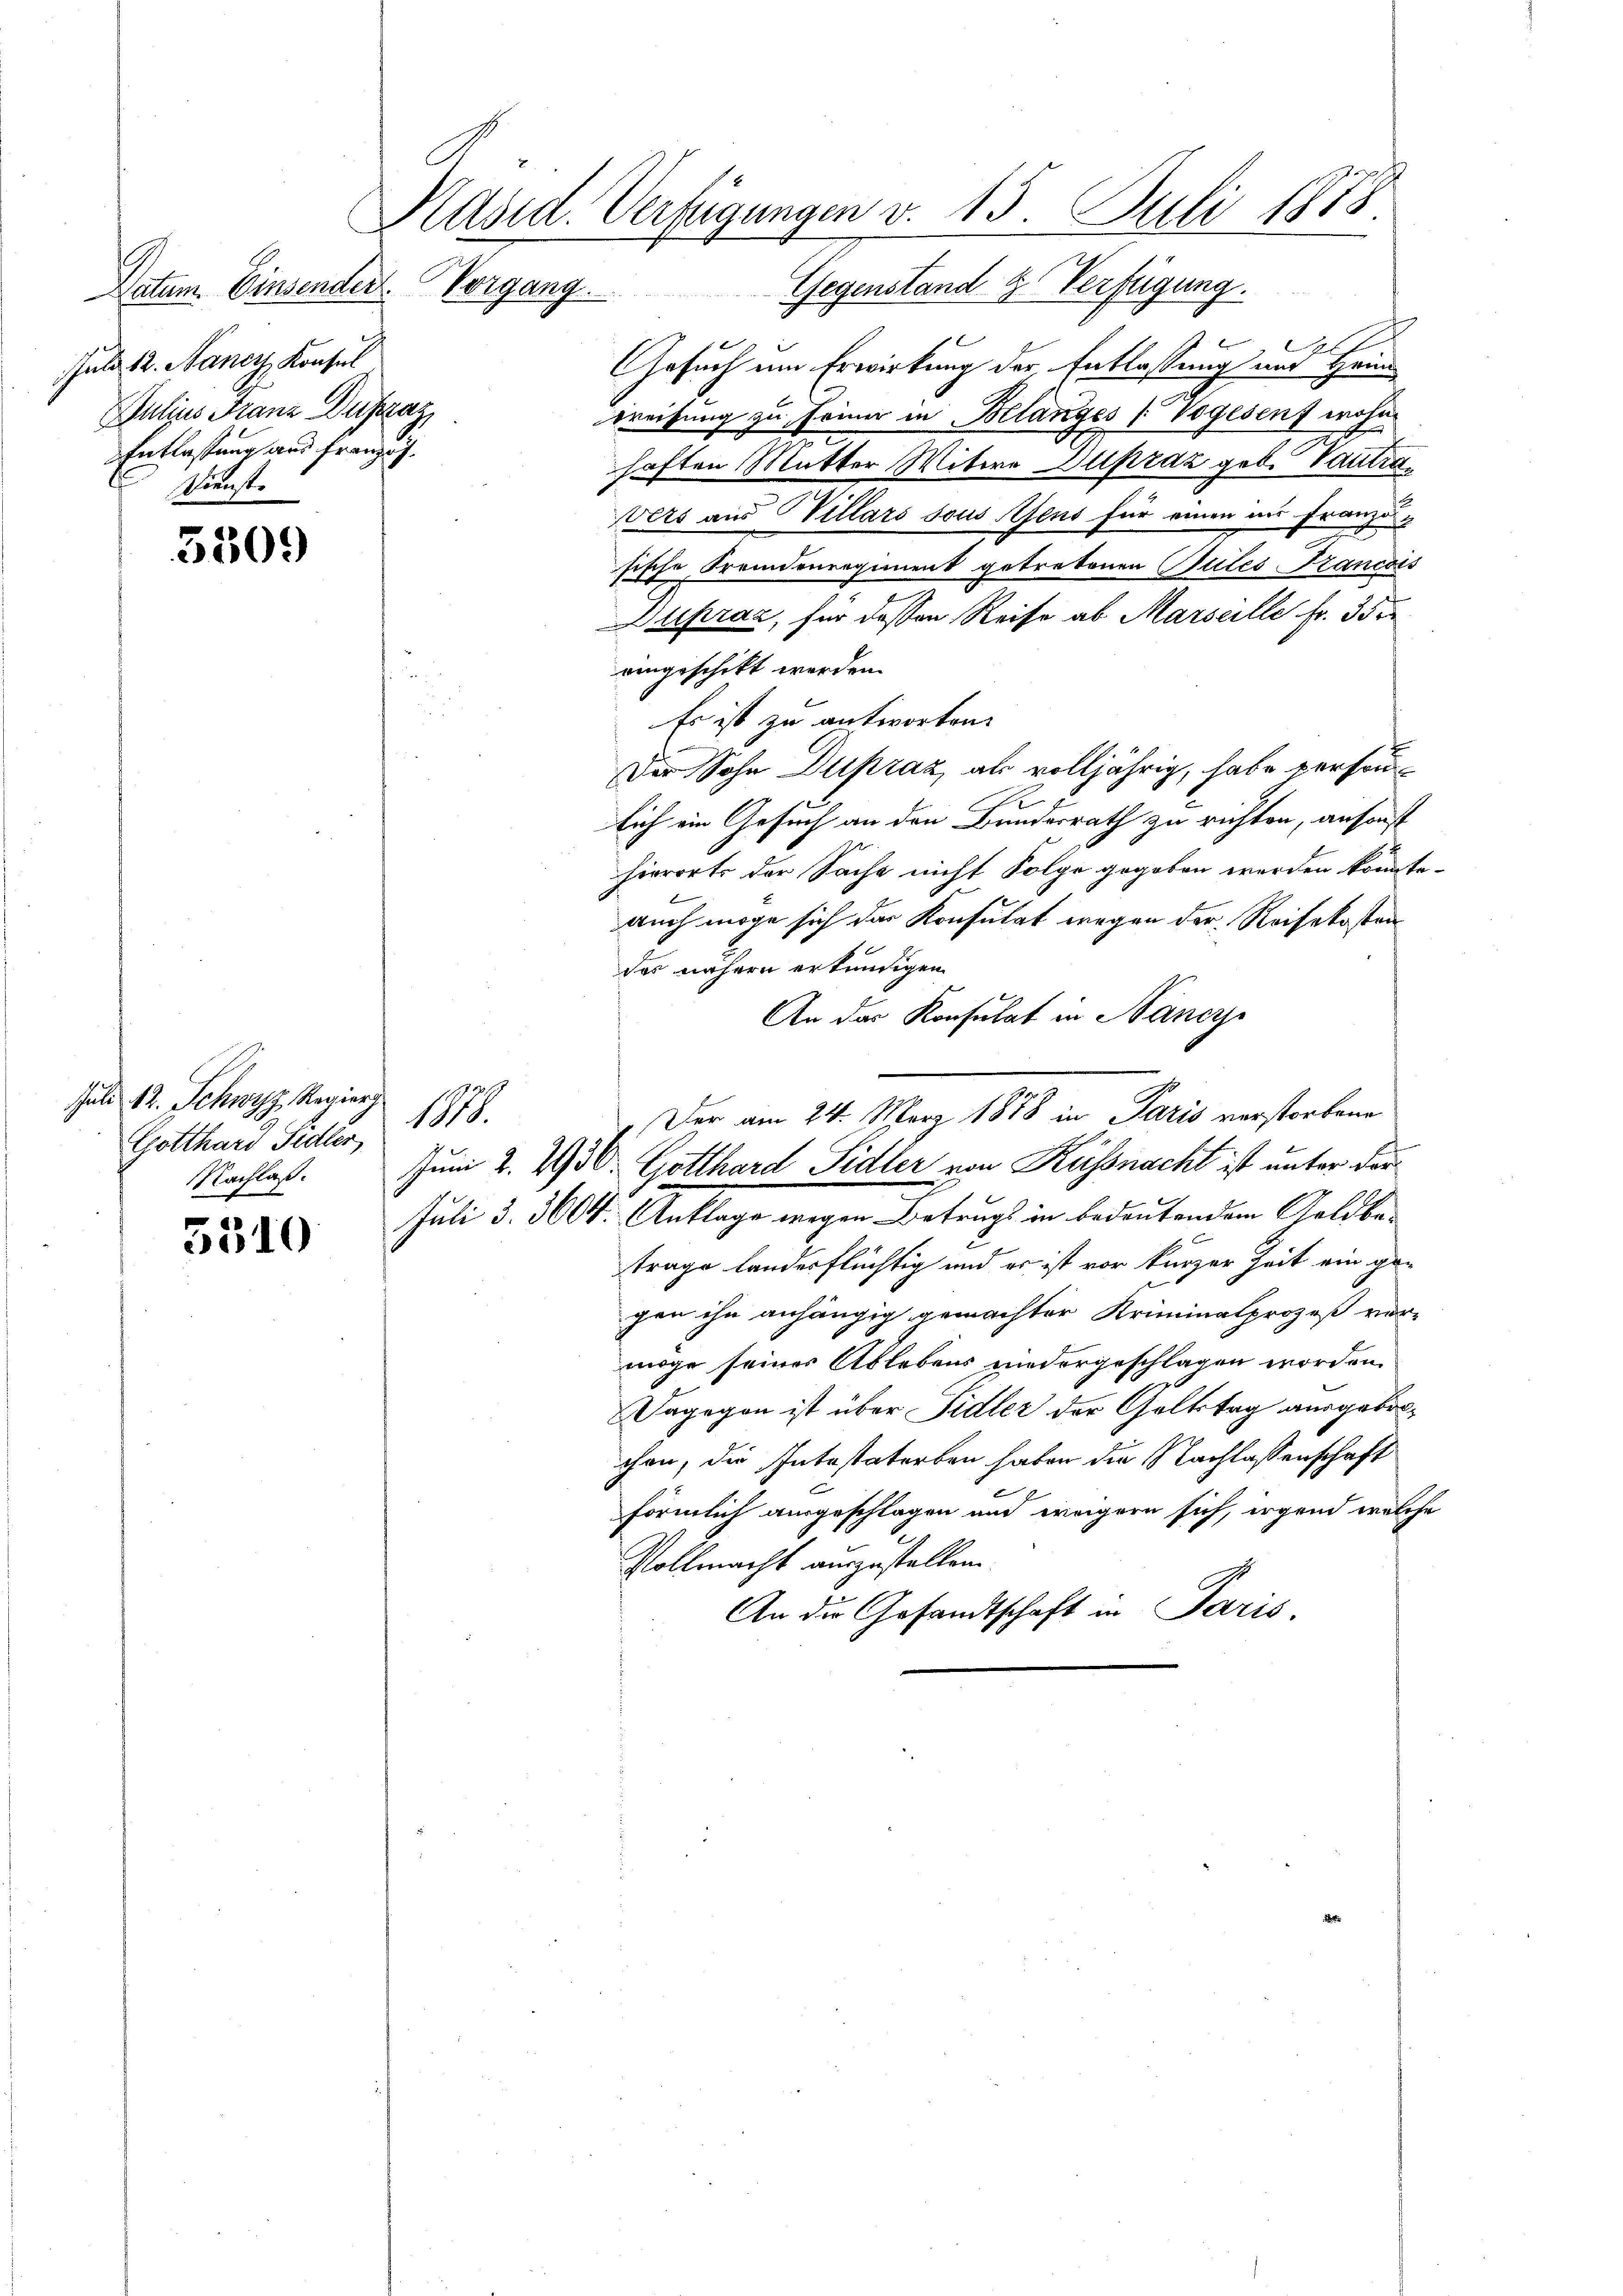
Datum. Einsender
Geld 12. Nancy, Konsul
Julius Franz Distraz
Entlassung aus franzlich.
Dienste

5509

Päsid. Verfügungen v. 15. Juli 1878.

Vorgang.

Juli 12. Schwyz, Regier
Gotthard Sidler,
5310

109.

Gegenstand 2. Verfügung.
.
Gesuch um Erwirkung der Entlassung und Heim
wreifung zu Frina in Belanges 1 Vogesenz wohn
haften Mutter Witwe Supraz geb. Tantra¬
Vets aus Villars sous tens für einen in Französische Fremdenregiment getretenen Sules Francois
Dupraz, für dessen Reise ab Marseille Fr. 35
eingeschikt werden.
Es ist zu antworten.
Der Sohn Dupraz, als volljährig, habe versonsich ein Gesuch an den Bundesrath zu richten, ansonst
hierorts der Sache nicht Folge gegeben werden könnte.
auch möge sich das Konsulat wegen der Reisekosten
das nähern erkundigen.
An das Konsulat in Nancys
" Der am 24. März 1878 in Paris verstorbene
Nachlaß. Juni 2. 2930. Gotthard Sidler von Küssnacht ist unter dor¬
Juli d. 360. Anklage wegen Betrugt in bedeutendem Geldbe-
trage landerflüchtig und er ist vor kurzer Zeit ein ge-
gen ihn anhängig gemachter Kriminalprozeß vor-
möge seiner Ablebens niedergeschlagen worden.
Dagegen ist über Fidler der Goltstag ausgebrochen, die Intestatorben haben die Nachlassenschaft
förmlich ausgeschlagen und weigern sich, irgend welche
Vollmacht auszustellen.
An die Gesandtschaft in Paris,